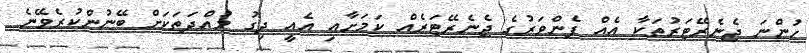
ހުންނަ ޖެނެރޭޓަރުތަކާ އެއް ފެންވަރުގެ ޖެނެރޭޓަރެއް ކަމަށާއި އެއީ ދިގު މުއްދަތަކަށް ބޭނުންކުރެވޭނެ